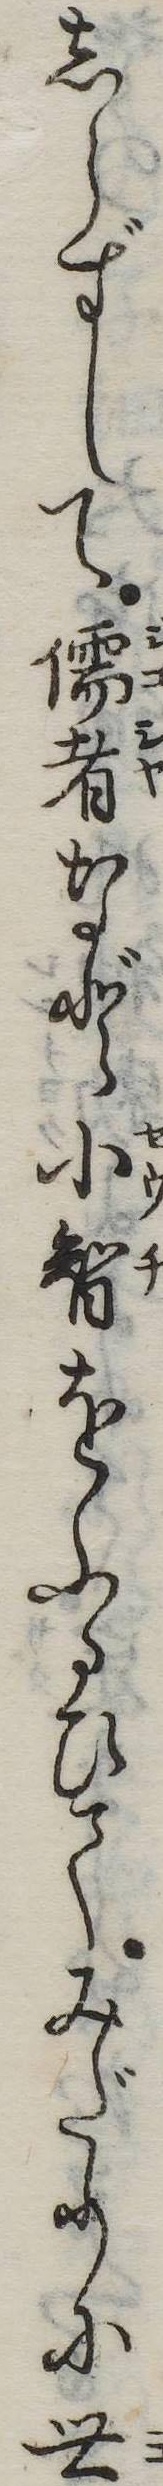
しらずして儒者など小智をふるひてみだりに世